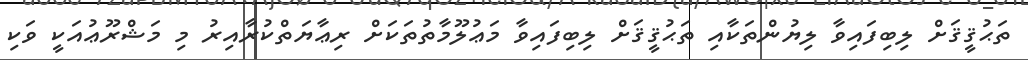
ތަޙުޤީޤަށް ލިބިފައިވާ ލިޔުންތަކާއި ތަޙުޤީޤަށް ލިބިފައިވާ މަޢުލޫމާތުތަކަށް ރިޢާޔަތްކުރާއިރު މި މަޝްރޫޢުއަކީ ވަކި